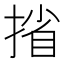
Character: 㨘